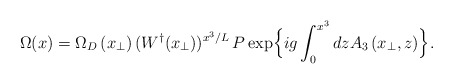
\begin{align*}\Omega(x) = \Omega_{D}\left(x_{\perp}\right) (W^{\dagger}(x_{\perp}))^{x^{3}/L} \, P \exp\Bigl\{ig \int_{0}^{x^{3}} dz A_{3} \left(x_{\perp},z\right)\Bigr\} .\end{align*}